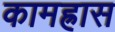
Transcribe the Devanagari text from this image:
कामह्रास